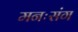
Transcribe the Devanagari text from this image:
मनःसंग